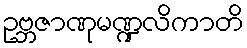
ဥဗ္ဘဇာဏုမဏ္ဍလိကာတိ